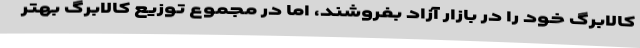
کالابرگ خود را در بازار آزاد بفروشند، اما در مجموع توزیع کالابرگ بهتر